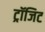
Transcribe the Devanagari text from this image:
ट्रॉजिट